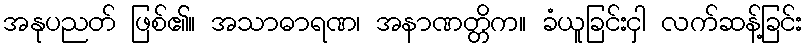
အနုပညတ် ဖြစ်၏။ အသာဓာရဏ၊ အနာဏတ္တိက။ ခံယူခြင်းငှါ လက်ဆန့်ခြင်း